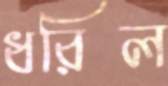
ধরিল